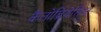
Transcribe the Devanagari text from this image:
कैलोब्रियेलिज़